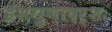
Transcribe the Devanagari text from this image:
ईशगुणादर्शः